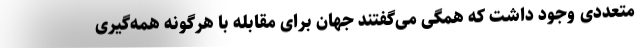
متعددی وجود داشت که همگی می‌گفتند جهان برای مقابله با هرگونه همه‌گیری